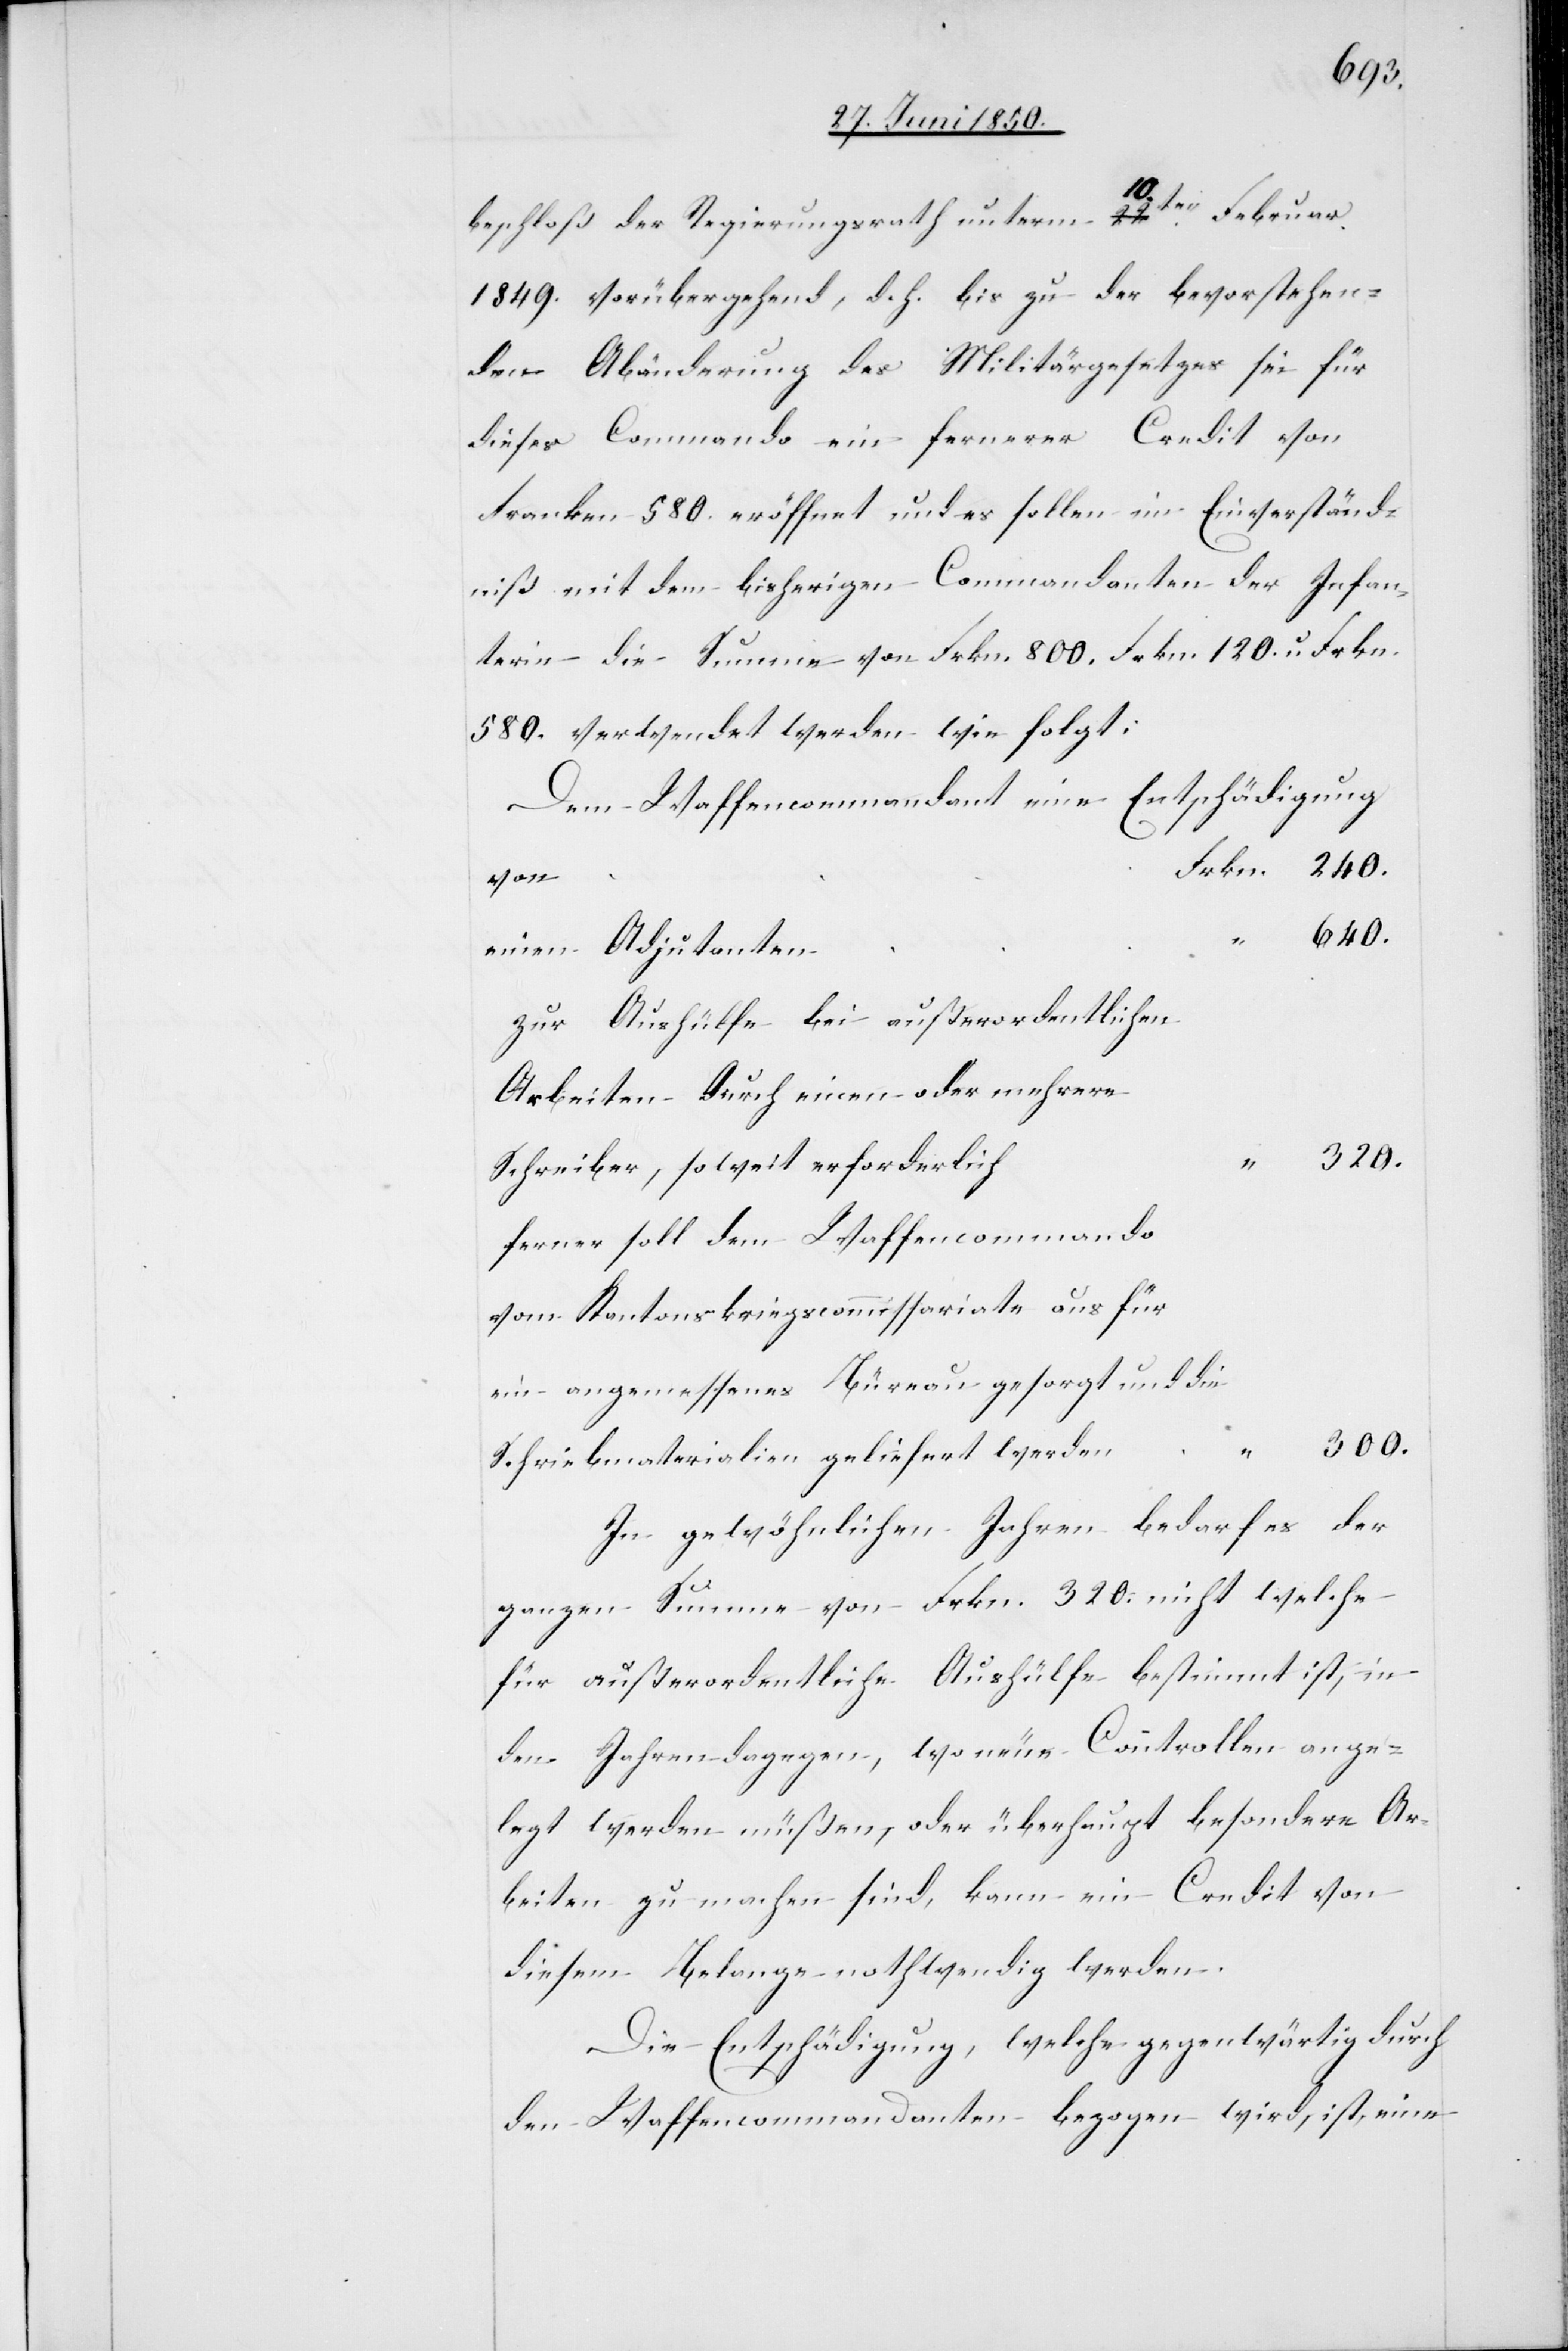
beschloß der Regierungsrath unterm 10ten Februar
1849. vorübergehend, d. h. bis zu der bevorstehen¬
den Abänderung des Militärgesetzes sei für
dieses Commando ein fernerer Credit von
Franken 580. eröffnet und es sollen im Einverständ¬
niß mit dem bisherigen Commandanten der Infan¬
terie die Summe von Frkn. 800.[,] Frkn. 120. u. Frkn.
580. verwendet werden wie folgt:
Dem Waffencommandant eine Entschädigung
einen Adjutanten	“
Zur Aushülfe bei außerordentlichen
Arbeiten durch einen oder mehrere
Schreiber, soweit erforderlich	“
ferner soll dem Waffencommando
vom Kantonskriegscommissariate aus für
ein angemessenes Büreau gesorgt und die
Schreibmaterialien geliefert werden	“
In gewöhnlichen Jahren bedarf es der
ganzen Summe von Frkn. 320. nicht welche
für außerordentliche Aushülfe bestimmt ist, in
den Jahren dagegen, wo neue Controllen ange¬
legt werden müßen, oder überhaupt besondere Ar¬
beiten zu machen sind, kann ein Credit von
diesem Belange nothwendig werden.
Die Entschädigung, welche gegenwärtig durch
den Waffencommandanten bezogen wird, ist eine